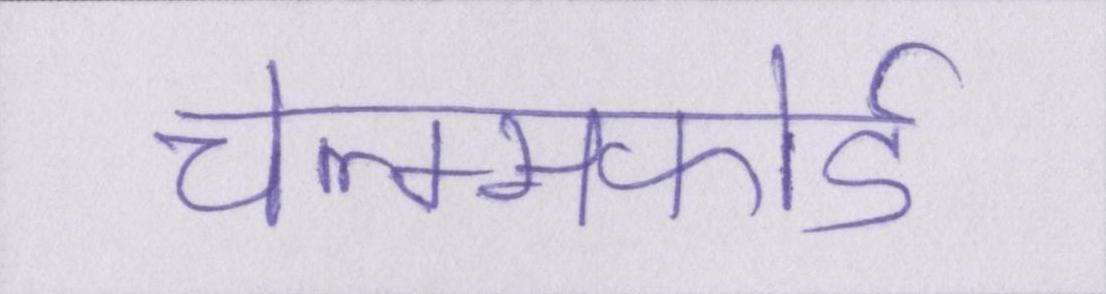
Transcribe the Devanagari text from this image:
चेल्म्सफोर्ड